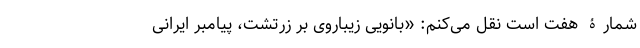
شمارۀ هفت است نقل می‌کنم: «بانویی زیباروی بر زرتشت، پیامبر ایرانی